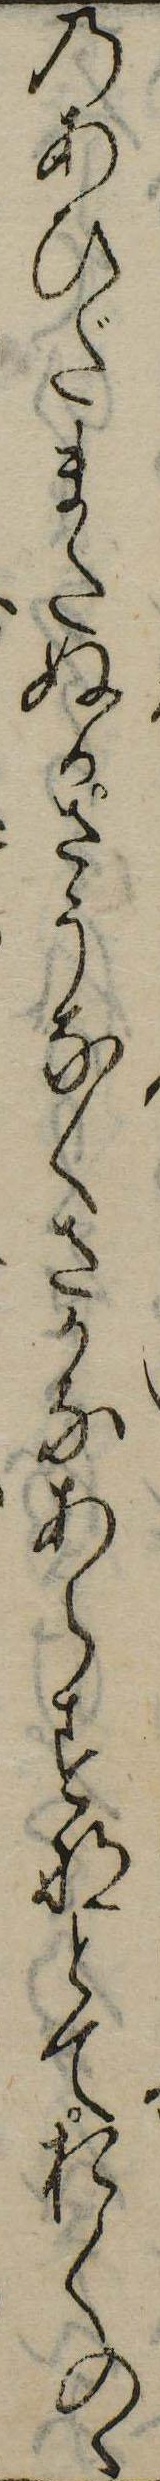
のあひだまたぬかさうなくさかなあらすなとておくのゝ